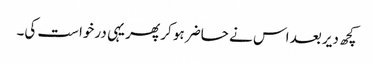
کچھ دیر بعد اس نے حاضر ہو کر پھر یہی درخواست کی۔